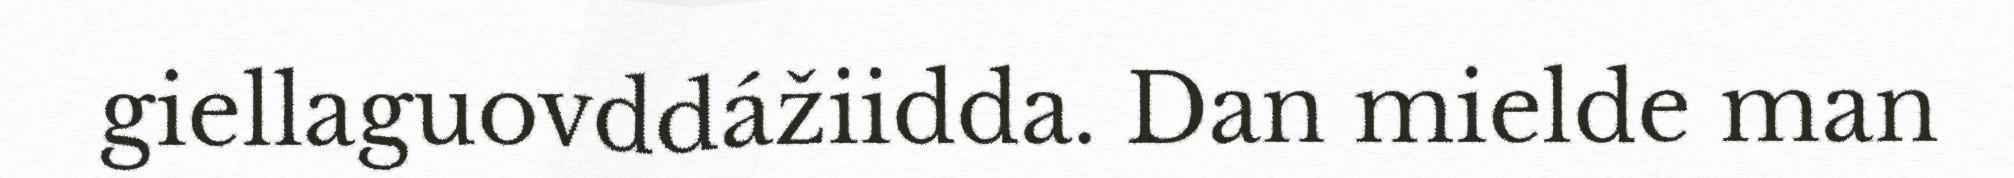
giellaguovddážiidda. Dan mielde man